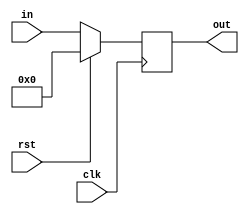
/////////////////////////////////////////////////////////////////////
/// MODULE LIBRARY FOR EE446 LABORATORY /////////////////////////////
/////////////////////////////////////////////////////////////////////

/// N-bit Register with Sync. Reset///
//////////////////////////////////////
module reg_w_rst #(parameter N=8) (clk, rst, in, out);

	input clk, rst;
	input [N-1:0] in;
	output reg [N-1:0] out;

	always @(posedge clk)
	begin
		if (rst) begin
			out <= 0;
		end else begin
			out <= in;
		end
	end

endmodule

/// N-bit Register with Sync. Reset and Write Enable///
///////////////////////////////////////////////////////
module reg_w_rst_en #(parameter N=8) (clk, rst, en, in, out);

	input clk, rst, en;
	input [N-1:0] in;
	output reg [N-1:0] out;

	always @(posedge clk)
	begin
		if (en) begin
			if (rst) begin
				out <= 0;
			end else begin
				out <= in;
			end
		end
	end

endmodule


/// N-bit Shift Register with Sync. Reset ///
/////////////////////////////////////////////
module reg_w_shft #(parameter N=8) (clk, rst, par_ser, shftr_l, p_in, p_out, s_in_l, s_in_r, s_out_l, s_out_r);

	input clk, rst, par_ser, shftr_l, s_in_l, s_in_r;
	input [N-1:0] p_in;
	
	output s_out_l, s_out_r;
	output reg [N-1:0] p_out;

	assign s_out_l = p_out[N-1];
	assign s_out_r = p_out[0];
	
	always @(posedge clk)
	begin
		if (rst)
			p_out <= 0;
		else
			if (par_ser)
				p_out <= p_in;
			else
				if (shftr_l)
					p_out <= {s_in_l, p_out[N-1:1]};
				else
					p_out <= {p_out[N-2:0], s_in_r};
		
	end

endmodule

/// 8-Bit ALU ///
/////////////////

module alu(A, B, I, F, C_out, OVF, Z, N);

	input [7:0] A;
	input [7:0] B;
	input [2:0] I;

	output reg C_out, OVF, Z, N;
	output reg [7:0] F;

always @(A, B, I)
	begin
	case(I)
		3'b000:	begin
					{C_out, F} = A + B;
					if (A[7] ~^ B[7])
						OVF = F[7] ^ A[7];
					else
						OVF = 0;
					end
		3'b001:	begin
					{C_out, F} = A - B;
					if ((A[7] ^ B[7]))
						OVF = F[7] ^ A[7];
					else
						OVF = 0;
					end
		3'b010:	begin
					F = A & B;
					C_out = 0;
					OVF = 0;
					end
		3'b011:	begin
					F = A | B;
					C_out = 0;
					OVF = 0;
					end
		3'b100:	begin
					F = A ^ B;
					C_out = 0;
					OVF = 0;
					end
		3'b101:	begin
					F = A ~^ B;
					C_out = 0;
					OVF = 0;
					end
		3'b110:	begin
					F = A & (~B);
					C_out = 0;
					OVF = 0;
					end
		3'b111:	begin
					F = A | (~B);
					C_out = 0;
					OVF = 0;
					end
	endcase			
	N = F[7];
	Z = (F == 8'b0);
	end
endmodule

/// 2x1 MUX ///
///////////////
module mux_2x1 #(parameter N=8) (in0, in1, sel, out);

	input [N-1:0] in0, in1;
	input sel;

	output [N-1:0] out;

	assign out = sel ? in1 : in0;

endmodule


/// 4x1 MUX ///
///////////////
module mux_4x1 #(parameter N=8) (in0, in1, in2, in3, sel, out);

	input [N-1:0] in0, in1, in2, in3;
	input [1:0] sel;

	output reg [N-1:0] out;

	always @(in0, in1, in2, in3, sel)
		case(sel)
			2'b00: out = in0;
			2'b01: out = in1;
			2'b10: out = in2;
			2'b11: out = in3;
		endcase

endmodule


/// 2x4 decoder ///
///////////////////
module dec_2x4(A, D);

	input [1:0] A;
	output [3:0] D;

	assign D[3] = A[1] & A[0];
	assign D[2] = A[1] & (~A[0]);
	assign D[1] = (~A[1]) & A[0];
	assign D[0] = (~A[1]) & (~A[0]);

endmodule